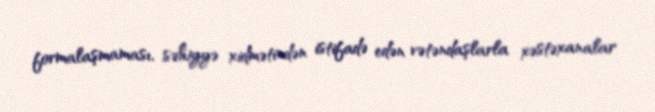
formalaşmaması, səhiyyə xidmətindən istifadə edən vətəndaşlarla xəstəxanalar